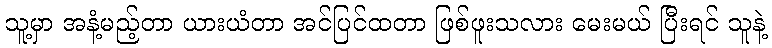
သူ့မှာ အနံ့မည့်တာ ယားယံတာ အင်ပြင်ထတာ ဖြစ်ဖူးသလား မေးမယ် ပြီးရင် သူနဲ့